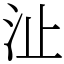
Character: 沚